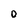
Character: o